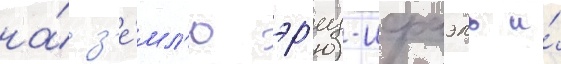
на́ з'е́мл'ю эр'ец-исраэль и́